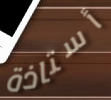
أستاذة